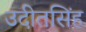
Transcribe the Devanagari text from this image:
उदीतसिंह